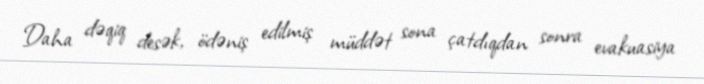
Daha dəqiq desək, ödəniş edilmiş müddət sona çatdıqdan sonra evakuasiya